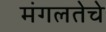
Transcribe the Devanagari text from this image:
मंगलतेचे